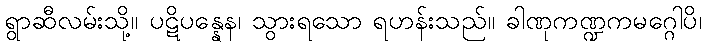
ရွာဆီလမ်းသို့။ ပဋိပန္နေန၊ သွားရသော ရဟန်းသည်။ ခါဏုကဏ္ဍကမဂ္ဂေါပိ၊